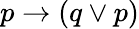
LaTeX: p\to(q\lor p)